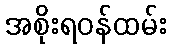
အစိုးရဝန်ထမ်း